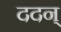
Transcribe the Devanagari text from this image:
ददन्